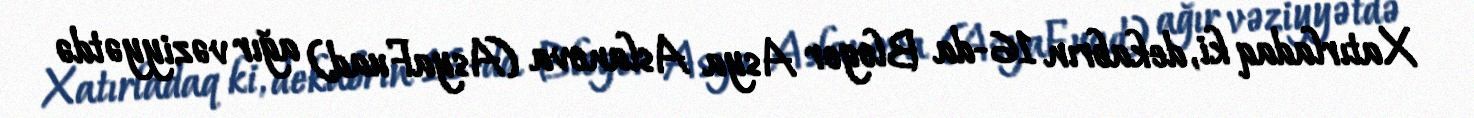
Xatırladaq ki, dekabrın 16-da Bloger Asya Aslanova (AsyaFuad) ağır vəziyyətdə